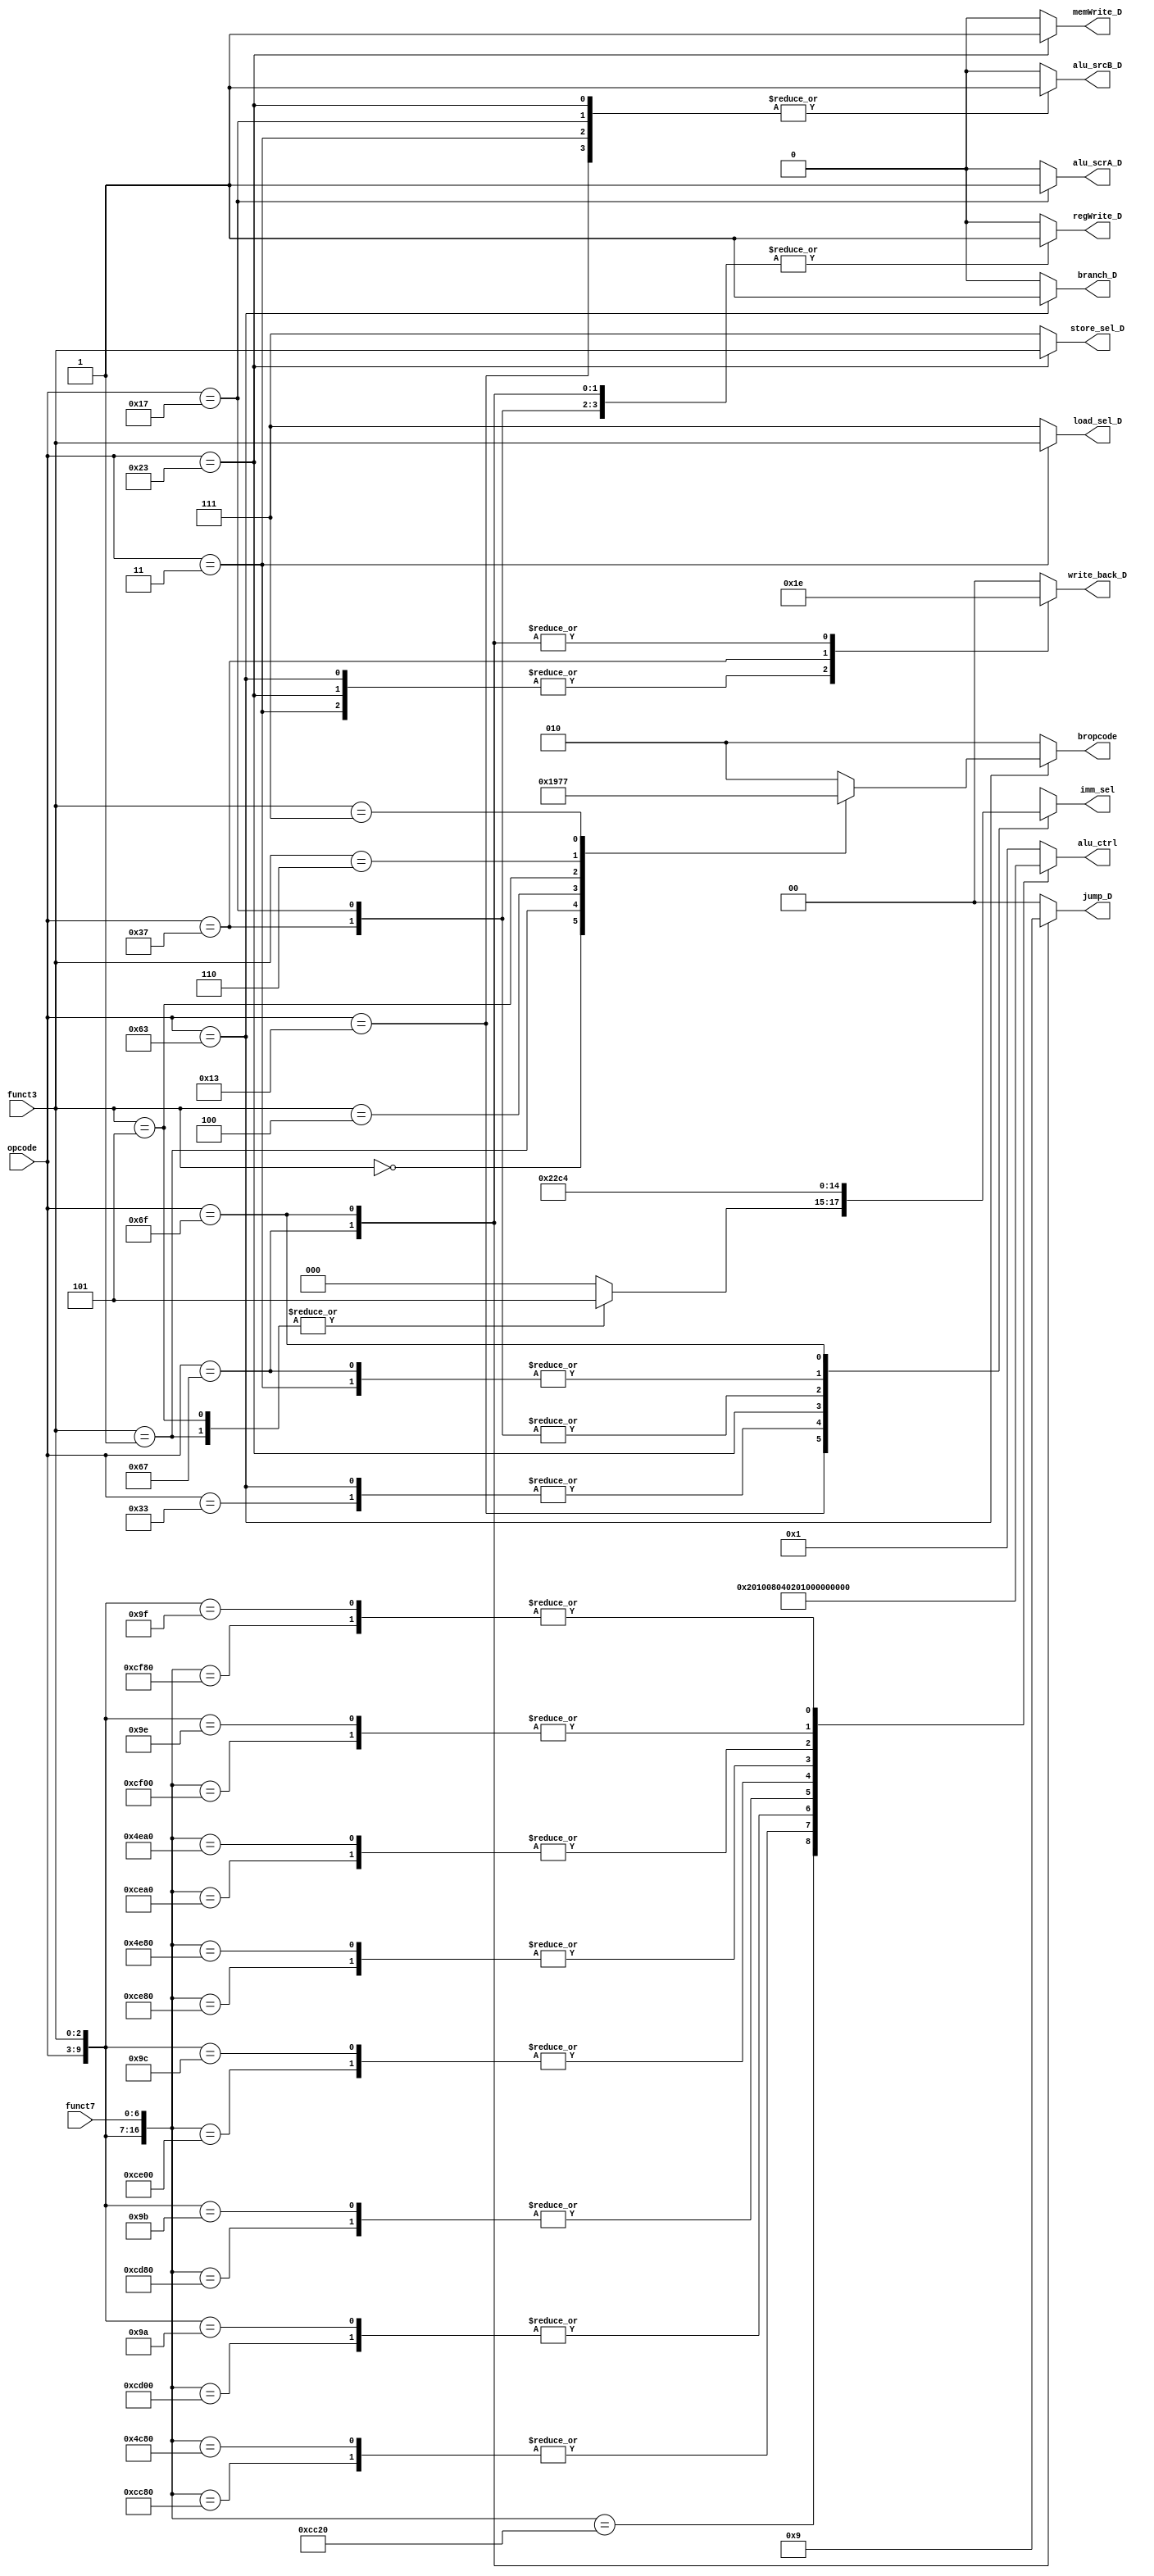

module controller (
    // input clk, rst_n,
    input [6:0] opcode,
    input [2:0] funct3,
    input [6:0] funct7,

    output reg  [1:0] jump_D,
    output reg  branch_D,
    output reg  [2:0] imm_sel,
    output reg  [2:0] bropcode,
    output reg  [2:0] store_sel_D,
    output reg  [2:0] load_sel_D,
    output reg  [9:0] alu_ctrl,
    output reg  alu_scrA_D,
    output reg  alu_srcB_D,
    output reg  regWrite_D,
    output reg  memWrite_D,
    output reg  [1:0] write_back_D
);
    localparam R_type = 7'd51;
    localparam I_type = 7'd19;
    localparam B_type = 7'd99;
    localparam S_type = 7'd35;
    localparam LUI    = 7'd55;
    localparam AUIPC  = 7'd23; 
    localparam I_load_type = 7'd3;
    localparam JARL   = 7'd103;
    localparam JAL    = 7'd111;

    ///======= USE FOR ALU CONTROL =====///
    localparam   add     =   10'd1;
    localparam   sub     =   10'd2;
    localparam   sll     =   10'd4;
    localparam   slt     =   10'd8;
    localparam   sltu    =   10'd16;
    localparam   xorr    =   10'd32;
    localparam   srl     =   10'd64;
    localparam   sra     =   10'd128;
    localparam   orr     =   10'd256;
    localparam   andd    =   10'd512;
    

    always @(*) begin
        case (opcode)
           R_type : begin
            jump_D = 0;
            branch_D = 0;
            imm_sel = 3'b010;
            // bropcode = 3'bx;
            store_sel_D = 3'b111;
            load_sel_D  = 3'b111;
            alu_scrA_D = 0;
            alu_srcB_D = 0;
            regWrite_D = 1;
            memWrite_D = 0;
            write_back_D = 2'b00;
           end 
           I_type : begin
           case (funct3)
            3'b001 : imm_sel = 3'b101;
            3'b101 : imm_sel = 3'b101; 
            default: imm_sel = 3'b000;
           endcase
            jump_D = 0;
            branch_D = 0;
            // imm_sel = 3'b000;
            // bropcode = 3'bx;
            store_sel_D = 3'b111;
            load_sel_D  = 3'b111;
            alu_scrA_D = 0;
            alu_srcB_D = 1;
            regWrite_D = 1;
            memWrite_D = 0;
            write_back_D = 2'b00;
           end
           B_type : begin
            jump_D = 0;
            branch_D = 1;
            imm_sel = 3'b010;
            store_sel_D = 3'b111;
            load_sel_D = 3'b111;
            alu_scrA_D = 0;
            alu_srcB_D = 0;
            regWrite_D = 0;
            memWrite_D = 0;
            write_back_D = 2'b01;
           end
           S_type : begin
            jump_D = 0 ;
            branch_D = 0;
            imm_sel = 3'b001;
            load_sel_D = 3'b111;
            // case (funct3)
            //    3'b000 : store_sel_D = 2'b10;
            //    3'b001 : store_sel_D = 2'b01;
            //    3'b010 : store_sel_D = 2'b00;
            //     default: store_sel_D = 3'b111;
            // endcase
            store_sel_D = funct3;
            alu_scrA_D = 0;
            alu_srcB_D = 1;
            regWrite_D = 0;
            memWrite_D = 1;
            write_back_D = 2'b01;
           end
           I_load_type : begin
            jump_D = 0;
            branch_D = 0;
            imm_sel = 3'b000;
            store_sel_D = 3'b111;
            // case (funct3)
            //     3'b000 : load_sel_D = 3'b010; // LB
            //     3'b001 : load_sel_D = 3'b001; // LH
            //     3'b100 : load_sel_D = 3'b100; // LBU
            //     3'b101 : load_sel_D = 3'b011; // LHU
            //     3'b010 : load_sel_D = 3'b000; // LW
            //     default: load_sel_D = 3'b111;
            // endcase
            load_sel_D = funct3;
            alu_scrA_D = 0;
            alu_srcB_D = 1;
            regWrite_D = 1;
            memWrite_D = 0;
            write_back_D = 2'b01;
           end
           LUI : begin
            jump_D = 0;
            branch_D = 0;
            imm_sel = 3'b011;
            store_sel_D = 3'b111;
            load_sel_D = 3'b111;
            alu_scrA_D = 1'b0;
            alu_srcB_D = 1'b0;
            regWrite_D = 1;
            memWrite_D = 0;
            write_back_D = 2'b11;
           end
           AUIPC : begin
            jump_D = 0;
            branch_D = 0;
            imm_sel = 3'b011;
            store_sel_D = 3'b111;
            load_sel_D = 3'b111;
            alu_scrA_D = 1;
            alu_srcB_D = 1;
            regWrite_D = 1;
            memWrite_D = 0;
            write_back_D = 2'b00;
           end
           JARL : begin
            jump_D = 2'b10;
            branch_D = 0;
            imm_sel = 3'b000;
            store_sel_D = 3'b111;
            load_sel_D = 3'b111;
            alu_scrA_D = 1'b0;
            alu_srcB_D = 1'b0;
            regWrite_D = 1;
            memWrite_D = 0;
            write_back_D = 2'b10;
           end
           JAL : begin
            jump_D = 2'b01;
            branch_D = 0;
            imm_sel = 3'b100;
            store_sel_D = 3'b111;
            load_sel_D = 3'b111;
            alu_scrA_D = 0;
            alu_srcB_D = 0;
            regWrite_D = 1;
            memWrite_D = 0;
            write_back_D = 2'b10;
           end  
            default: begin
            jump_D = 0;
            branch_D = 0;
            imm_sel = 3'bx;
            // bropcode = 3'bx;
            store_sel_D = 3'b111;
            load_sel_D  = 3'b111;
            alu_scrA_D = 0;
            alu_srcB_D = 0;
            regWrite_D = 0;
            memWrite_D = 0;
            write_back_D = 2'b00;
            end
        endcase
    end
    always @(*) begin // bropcode
        if (opcode == 7'd99) begin
            case (funct3)
                3'b000 : bropcode = 3'b000; 
                3'b001 : bropcode = 3'b001;
                3'b100 : bropcode = 3'b100;
                3'b101 : bropcode = 3'b101;
                3'b110 : bropcode = 3'b110;
                3'b111 : bropcode = 3'b111;
                default: bropcode = 3'b010;
            endcase
        end
        else bropcode = 3'b010;
    end
    always @(*) begin
        casex ({opcode,funct3, funct7}) 
            17'b0110011_000_0000000 : alu_ctrl = add;
            17'b0110011_000_0100000 : alu_ctrl = sub;
            17'b0110011_001_0000000 : alu_ctrl = sll;
            17'b0110011_010_0000000 : alu_ctrl = slt;
            17'b0110011_011_0000000 : alu_ctrl = sltu;
            17'b0110011_100_0000000 : alu_ctrl = xorr;
            17'b0110011_101_0000000 : alu_ctrl = srl;
            17'b0110011_101_0100000 : alu_ctrl = sra;
            17'b0110011_110_0000000 : alu_ctrl = orr;
            17'b0110011_111_0000000 : alu_ctrl = andd;

            17'b0010011_000_xxxxxxx : alu_ctrl = add;
            17'b0010011_001_0000000 : alu_ctrl = sll;
            17'b0010011_010_xxxxxxx : alu_ctrl = slt;
            17'b0010011_011_xxxxxxx : alu_ctrl = sltu;
            17'b0010011_100_xxxxxxx : alu_ctrl = xorr;
            17'b0010011_101_0000000 : alu_ctrl = srl;
            17'b0010011_101_0100000 : alu_ctrl = sra;
            17'b0010011_110_xxxxxxx : alu_ctrl = orr;
            17'b0010011_111_xxxxxxx : alu_ctrl = andd;

            17'b0000011_xxx_xxxxxxx : alu_ctrl = add;
            17'b0100001_xxx_xxxxxxx : alu_ctrl = add;
            17'b0110111_xxx_xxxxxxx : alu_ctrl = add;
        default : alu_ctrl = 10'd1;
        endcase
    end

endmodule